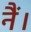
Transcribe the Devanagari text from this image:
नैं।